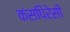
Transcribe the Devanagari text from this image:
कंसपिरेसी